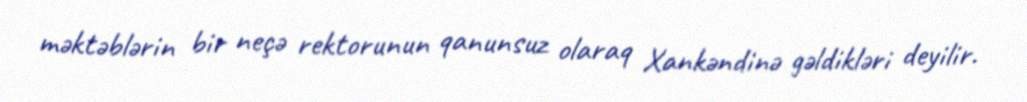
məktəblərin bir neçə rektorunun qanunsuz olaraq Xankəndinə gəldikləri deyilir.